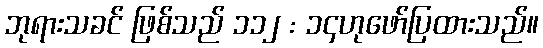
ဘုရားသခင် ဖြစ်သည် ၁၁၂ : ၁၄ဟုဖော်ပြထားသည်။